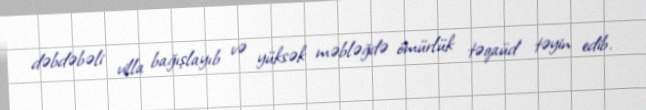
dəbdəbəli villa bağışlayıb və yüksək məbləğdə ömürlük təqaüd təyin edib.